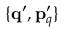
\{ \ensuremath { \mathbf { q } } ^ { \prime } , \ensuremath { \mathbf { p } } _ { q } ^ { \prime } \}